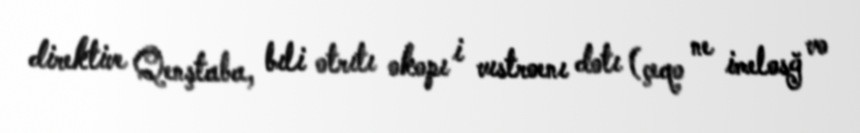
direktive Qenştaba, bıli otrıtı okopı i vıstroenı dotı (çeqo ne imelosğ vo